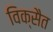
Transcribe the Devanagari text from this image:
विक्सैत